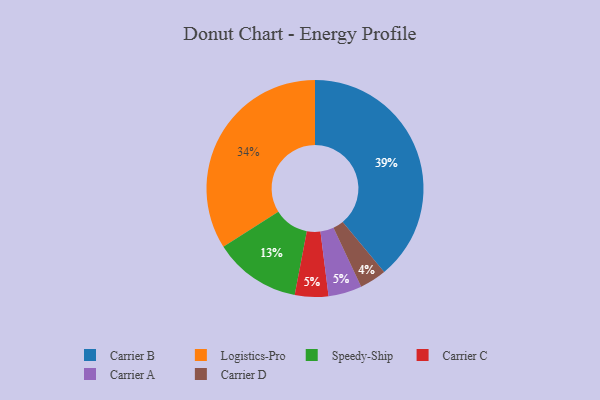
{"axis": {"x": "Category", "y": "Percentage"}, "legend": ["Carrier A", "Carrier B", "Carrier C", "Carrier D", "Logistics-Pro", "Speedy-Ship"], "data": [{"x": "Carrier D", "y": 4, "type": "Carrier D"}, {"x": "Logistics-Pro", "y": 34, "type": "Logistics-Pro"}, {"x": "Carrier C", "y": 5, "type": "Carrier C"}, {"x": "Carrier A", "y": 5, "type": "Carrier A"}, {"x": "Carrier B", "y": 39, "type": "Carrier B"}, {"x": "Speedy-Ship", "y": 13, "type": "Speedy-Ship"}]}